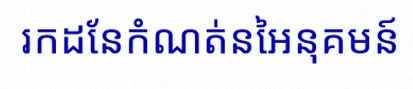
រកដែនកំណត់នៃអនុគមន៍